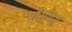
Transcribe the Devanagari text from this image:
परिभित